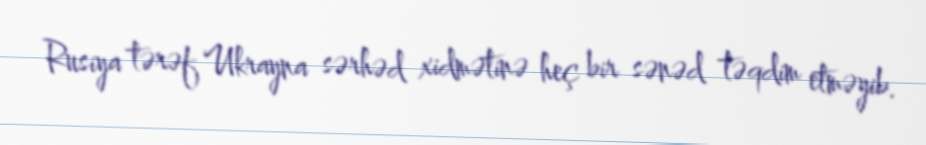
Rusiya tərəf Ukrayna sərhəd xidmətinə heç bir sənəd təqdim etməyib.